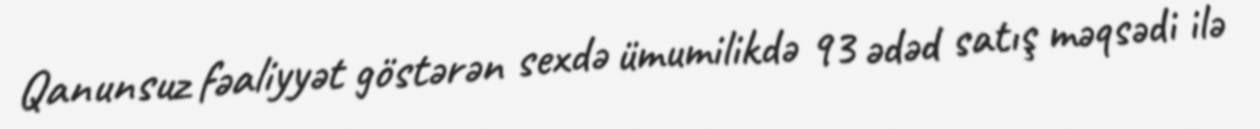
Qanunsuz fəaliyyət göstərən sexdə ümumilikdə 93 ədəd satış məqsədi ilə